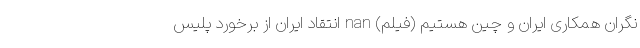
نگران همکاری ایران و چین هستیم (فیلم) nan انتقاد ایران از برخورد پلیس